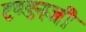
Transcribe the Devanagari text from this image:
टण्डनजी